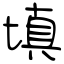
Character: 填